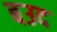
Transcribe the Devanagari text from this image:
बउद